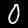
Digit: 0